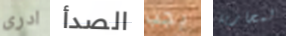
ادرى الصدأ يجب لمحاربة